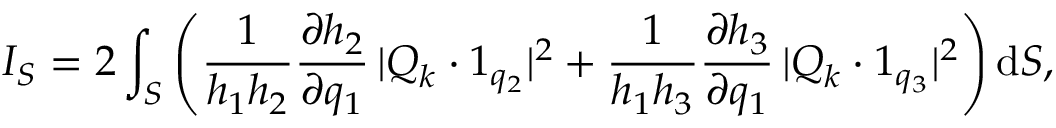
I _ { S } = 2 \int _ { S } \left( \frac { 1 } { h _ { 1 } h _ { 2 } } \frac { \partial h _ { 2 } } { \partial q _ { 1 } } \, | \boldsymbol { Q } _ { k } \boldsymbol { \cdot } \boldsymbol { 1 } _ { q _ { 2 } } | ^ { 2 } + \frac { 1 } { h _ { 1 } h _ { 3 } } \frac { \partial h _ { 3 } } { \partial q _ { 1 } } \, | \boldsymbol { Q } _ { k } \boldsymbol { \cdot } \boldsymbol { 1 } _ { q _ { 3 } } | ^ { 2 } \right) \mathrm { d } S ,